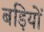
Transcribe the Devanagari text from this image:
बड़ियों